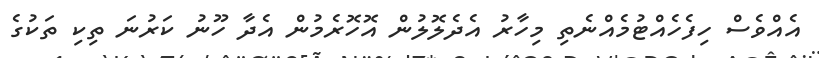
އެއްވެސް ހިފެހެއްޓުމެއްނެތި މިހާރު އެދެލޮލުން އޮހޮރެމުން އެދާ ހޫނު ކަރުނަ ތިކި ތަކުގެ